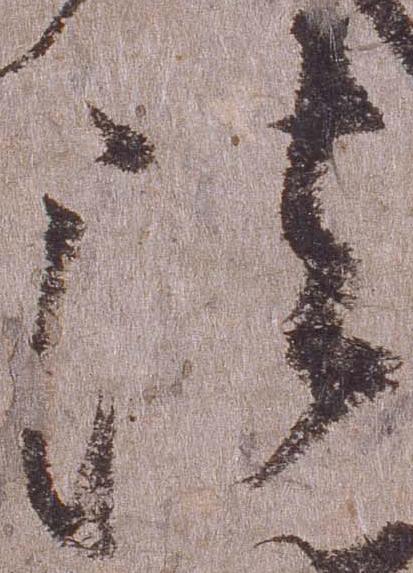
法